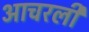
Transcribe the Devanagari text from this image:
आचरली